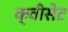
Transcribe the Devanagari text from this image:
क्वीसेट